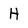
Character: H